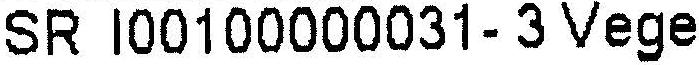
SR I00100000031-3 VEGE